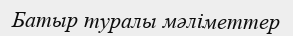
Батыр туралы мәліметтер